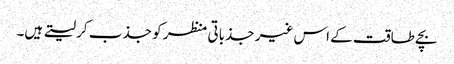
بچے طاقت کے اس غیر جذباتی منظر کو جذب کر لیتے ہیں۔